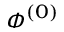
\smash { \phi ^ { ( 0 ) } }